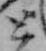
と